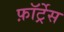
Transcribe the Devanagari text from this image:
फ़ॉर्ट्रेस